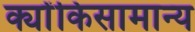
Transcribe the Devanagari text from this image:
क्योंकिसामान्य